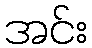
အင်း